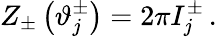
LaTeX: Z_{\pm}\left(\vartheta_{j}^{\pm}\right)=2\pi I_{j}^{\pm}\, .